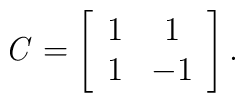
{\it C} = \left[ \begin{array} {cccccccc}1&1\\1&-1\\\end{array} \right].